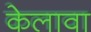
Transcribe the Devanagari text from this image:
केलावा